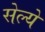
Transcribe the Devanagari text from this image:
सेल्ये